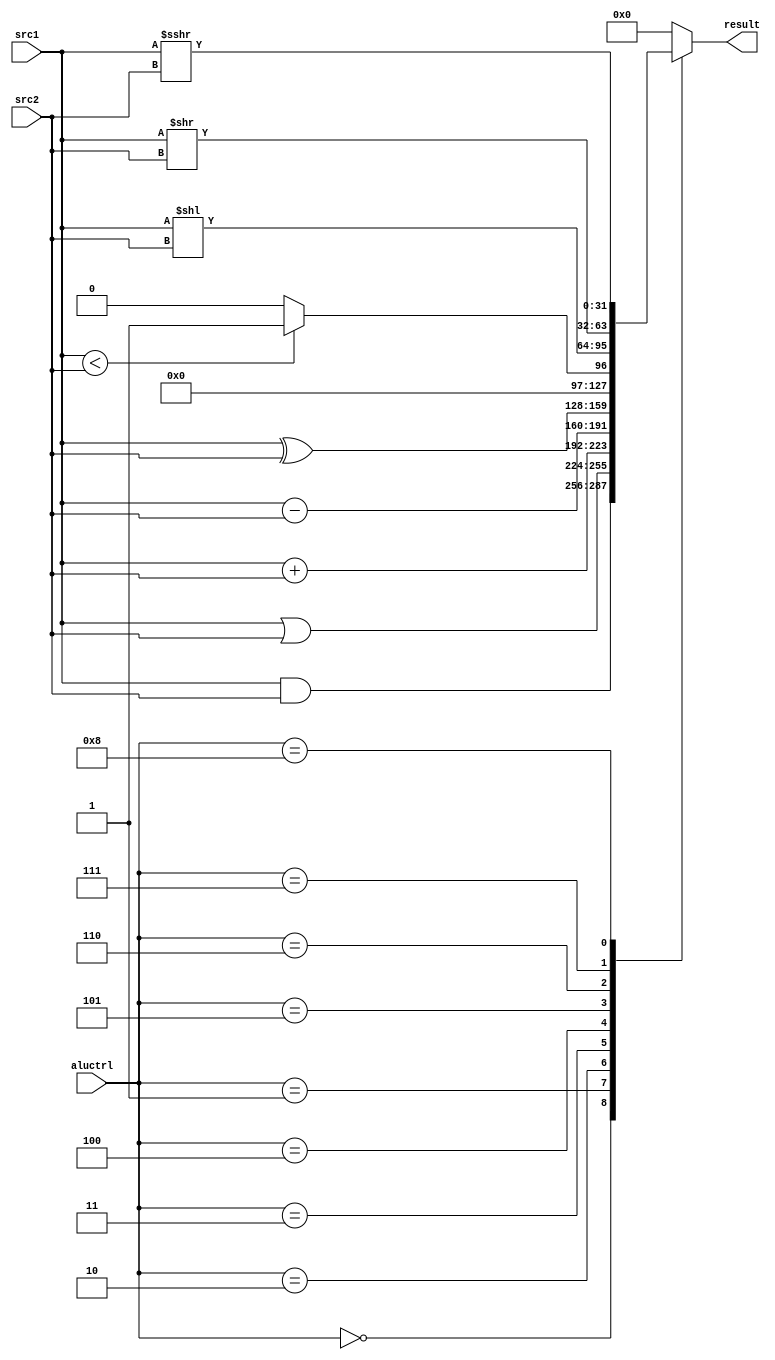
module ALU(
    src1,
    src2,
    aluctrl,
    result
    );
    input signed [31:0] src1;
    input signed [31:0] src2;
    input [3:0] aluctrl;

    output reg signed[31:0] result;

    //type
    localparam AND= 4'b0000;
    localparam OR = 4'b0001;
    localparam ADD= 4'b0010;
    localparam SUB= 4'b0011;
    localparam XOR= 4'b0100;
    localparam SLT= 4'b0101;
    localparam SLL= 4'b0110;
    localparam SRL= 4'b0111;
    localparam SRA= 4'b1000;

    always@(*) begin
        result = 32'd0;
        case(aluctrl)
            AND: result = src1 & src2;
            OR:  result = src1 | src2;   
            ADD: result = $signed(src1) + $signed(src2);
            SUB: result = $signed(src1) - $signed(src2);
            XOR: result = src1 ^ src2; 
            SLT: result = ($signed(src1) < $signed(src2)) ? 32'd1: 32'd0;
            SLL: result = src1 << src2;
            SRL: result = src1 >> src2;
            SRA: result = src1 >>> src2;
            default: result = 0;
        endcase
    end    
endmodule